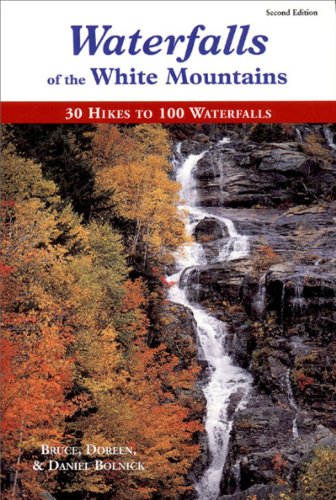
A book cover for Waterfalls of the White Mountains: 30 Hikes to 100 Waterfalls; Bruce Bolnick; Science & Math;